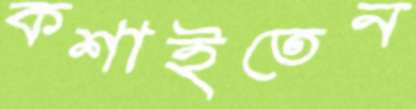
কশাইতেন